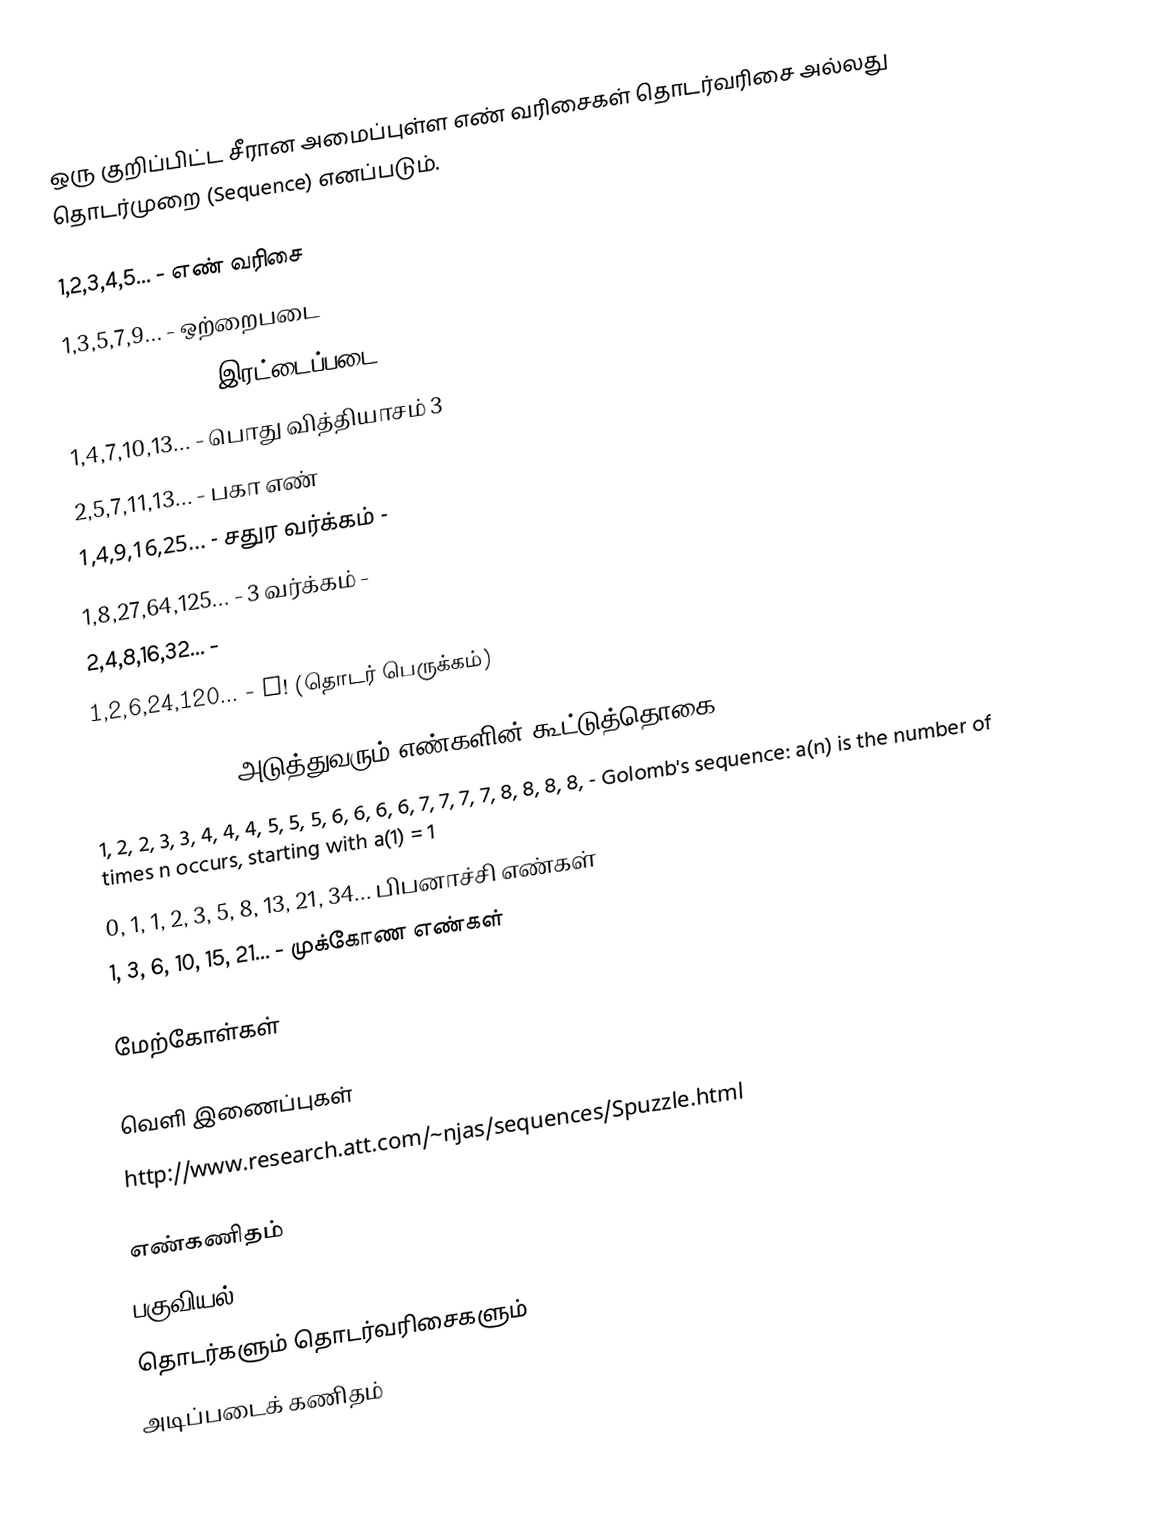
ஒரு குறிப்பிட்ட சீரான அமைப்புள்ள எண் வரிசைகள் தொடர்வரிசை அல்லது தொடர்முறை (Sequence) எனப்படும்.

 1,2,3,4,5... - எண் வரிசை
 1,3,5,7,9... - ஒற்றைபடை
 2,4,6,8,10... - இரட்டைப்படை
 1,4,7,10,13... - பொது வித்தியாசம் 3
 2,5,7,11,13... - பகா எண்
 1,4,9,16,25... - சதுர வர்க்கம் -
 1,8,27,64,125... - 3 வர்க்கம் -
 2,4,8,16,32... -
 1,2,6,24,120... - n! (தொடர் பெருக்கம்)

 1,3,6,10,15... அடுத்துவரும் எண்களின் கூட்டுத்தொகை
 1, 2, 2, 3, 3, 4, 4, 4, 5, 5, 5, 6, 6, 6, 6, 7, 7, 7, 7, 8, 8, 8, 8, - Golomb's sequence: a(n) is the number of times n occurs, starting with a(1) = 1
 0, 1, 1, 2, 3, 5, 8, 13, 21, 34... பிபனாச்சி எண்கள்
 1, 3, 6, 10, 15, 21... - முக்கோண எண்கள்

மேற்கோள்கள்

வெளி இணைப்புகள்
 http://www.research.att.com/~njas/sequences/Spuzzle.html

எண்கணிதம்
பகுவியல்
தொடர்களும் தொடர்வரிசைகளும்
அடிப்படைக் கணிதம்